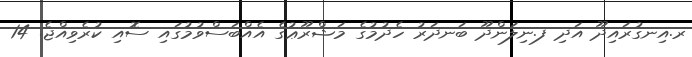
ރ.އިނގުރައިދޫ އަދި ފ.ނިލަންދޫ ބަނދަރު ހެދުމުގެ މަޝްރޫޢުގެ އެއްބަސްވުމުގައި ސޮއި ކުރެވިއްޖެ. 14